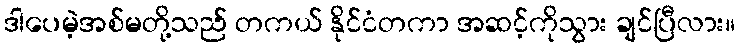
ဒါပေမဲ့အစ်မတို့သည် တကယ် နိုင်ငံတကာ အဆင့်ကိုသွား ချင်ပြီလား။